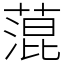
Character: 𦹲